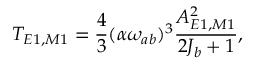
T _ { E 1 , M 1 } = \frac { 4 } { 3 } ( \alpha \omega _ { a b } ) ^ { 3 } \frac { A _ { E 1 , M 1 } ^ { 2 } } { 2 J _ { b } + 1 } ,